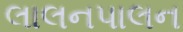
લાલનપાલન